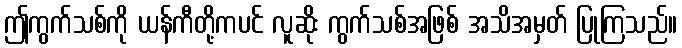
ဤကွက်သစ်ကို ယန်ကီတို့ကပင် လူဆိုး ကွက်သစ်အဖြစ် အသိအမှတ် ပြုကြသည်။